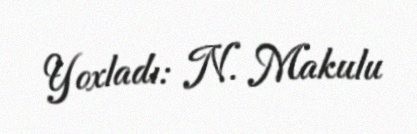
Yoxladı: N. Makulu